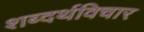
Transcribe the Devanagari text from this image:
शब्दर्थविचार